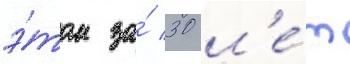
э́том за́ 30 л'е́т